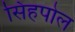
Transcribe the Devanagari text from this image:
सिंहपोल